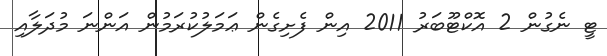
ޓީ ނެގުން 2 އޮކްޓޫބަރު 2011 އިން ފެށިގެން ޢަމަލުކުރަމުން އަންނަ މުދަލާއި